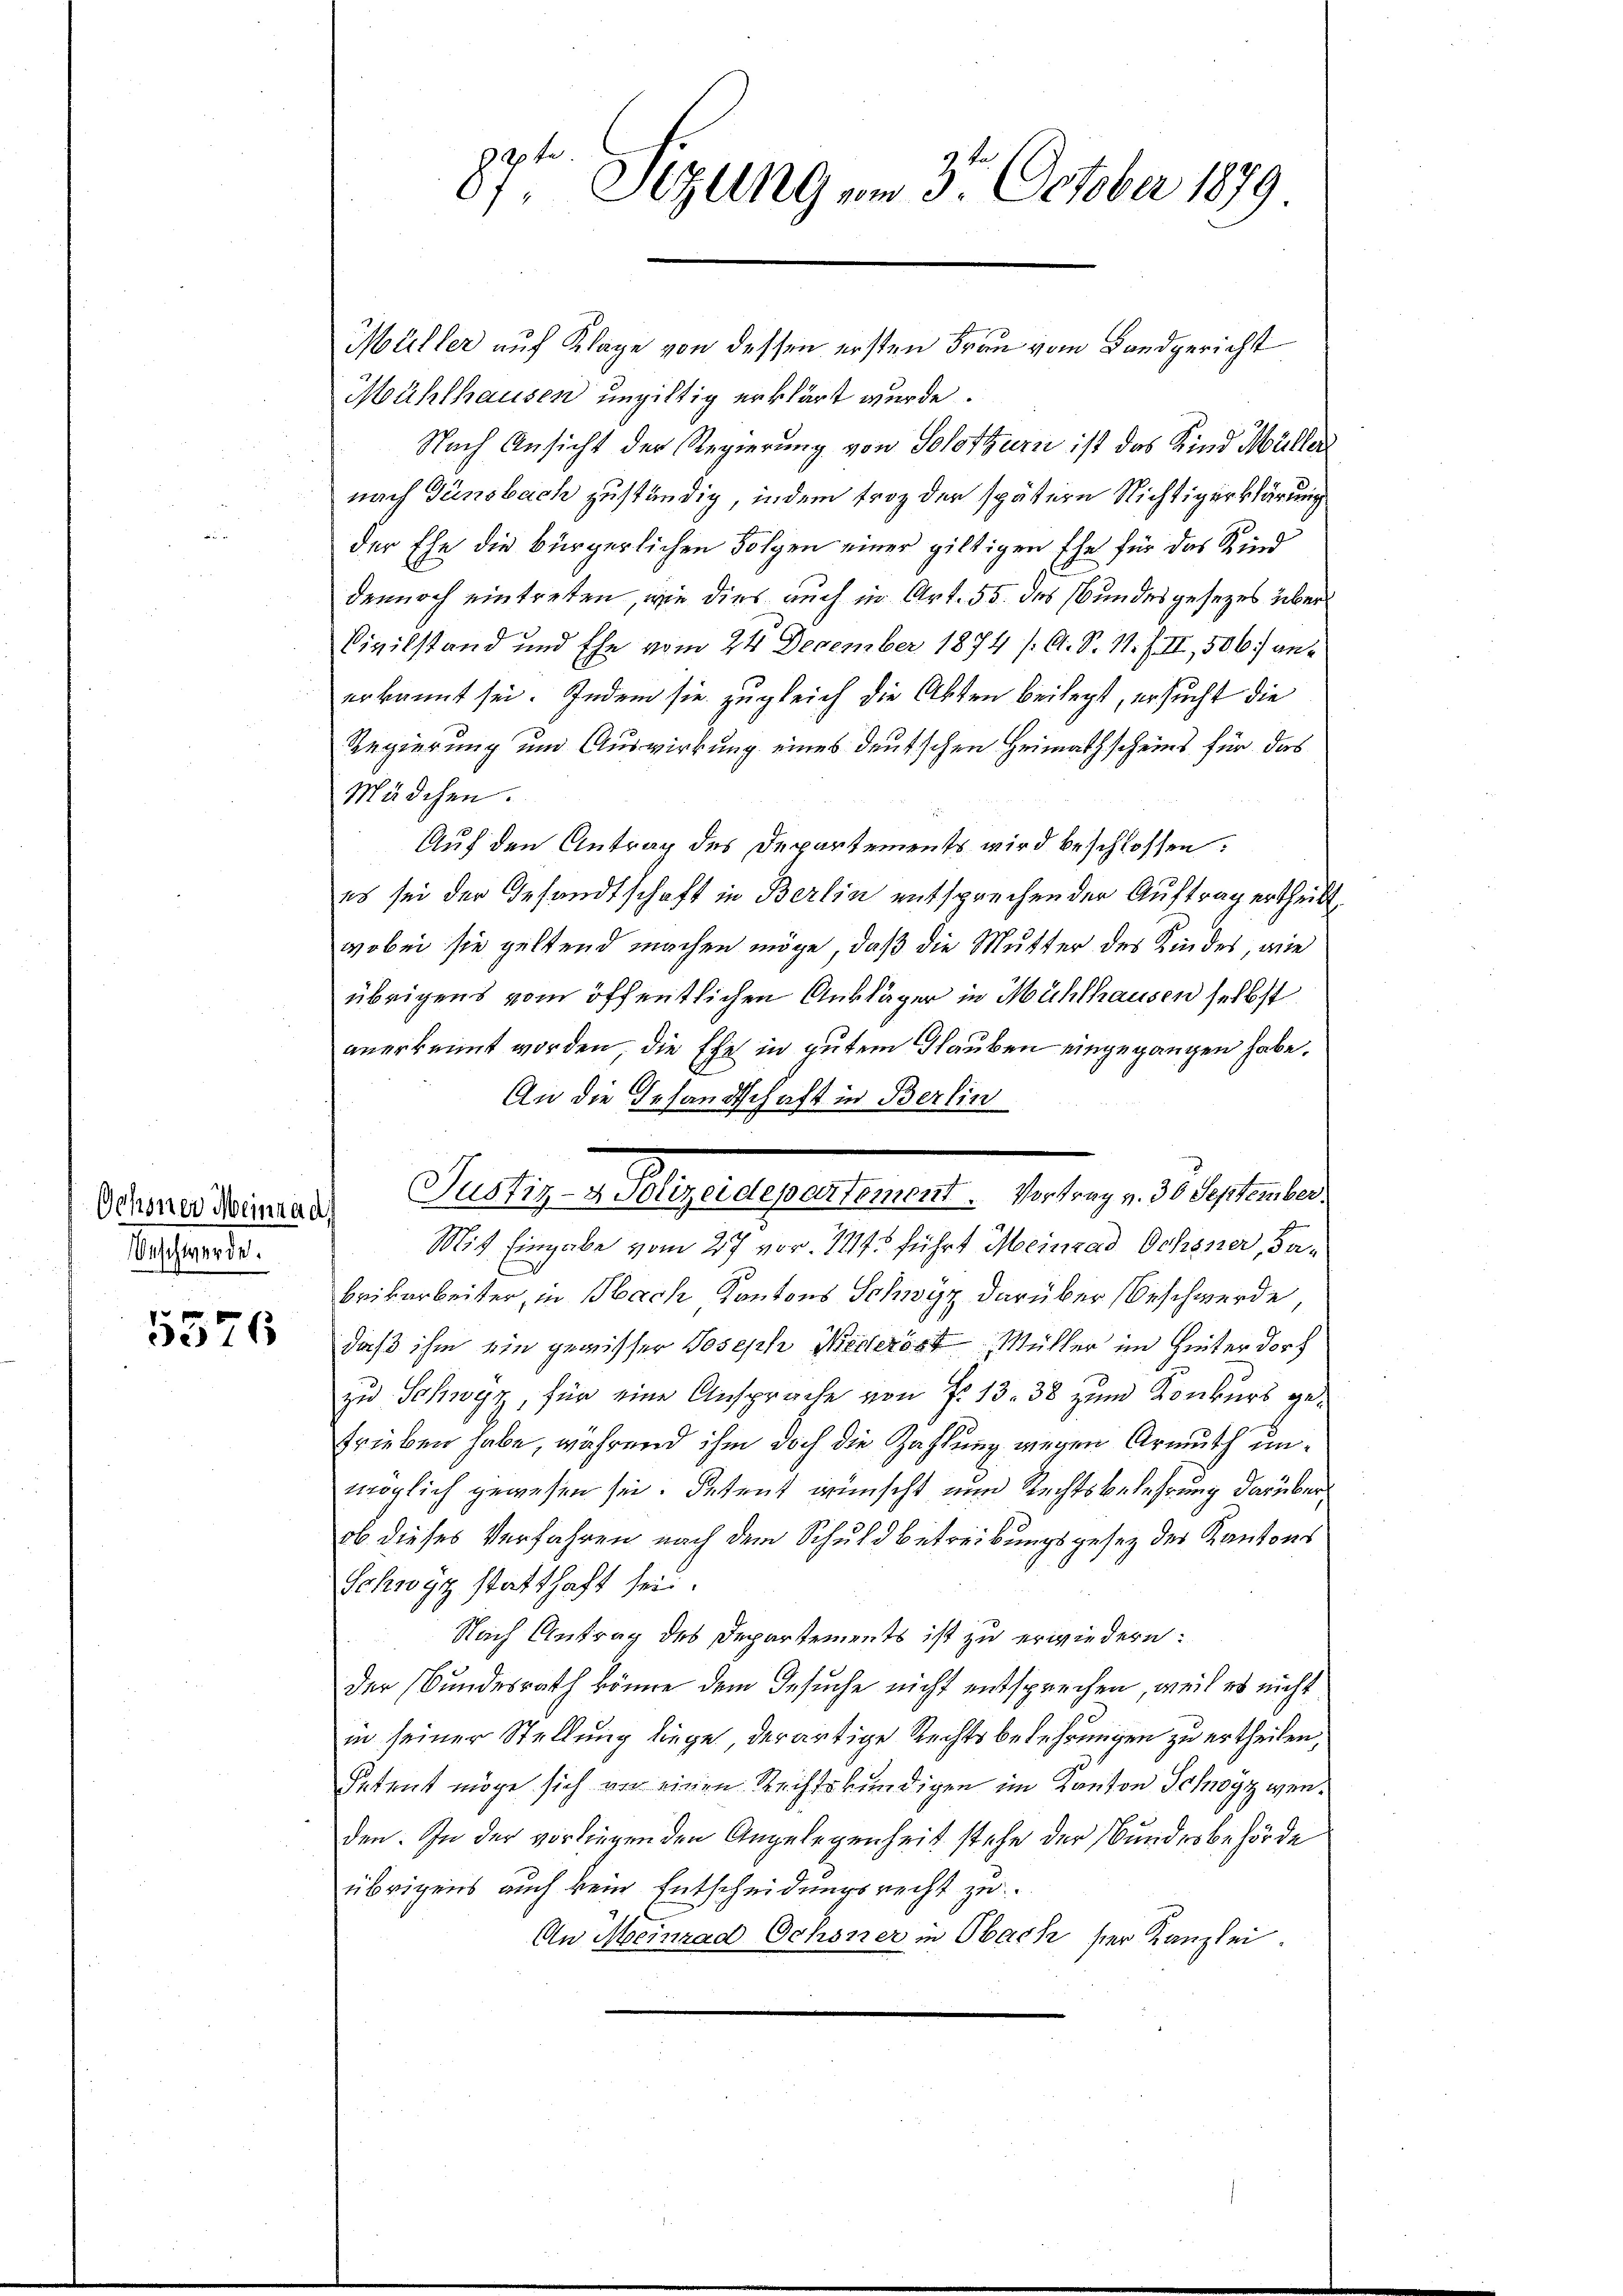
Beschwerde.

5576

87ten Sitzung vom 3. October 1879

Müller auf Klage von dessen ersten Frau vom Landgericht
Mühlhausen ungültig erklärt wurde.
Nach Ansicht der Regierung von Solothurn ist das Kind Müller
nach Gänsbach zuständig, indem froh der spätern Nichtigerklärung
der Ehe die bürgerlichen Folgen einer giltigen Ehe für das Kind
dennoch eintreten, wie dies auch in Art. 55 des Bundesgesezes über
e
Civilstand und Ehe vom 24. December 1874 f. A. S. 11. f. II, 506. anerkannt sei. Indem sie zugleich die Akten beilegt, ersucht die
Regierung und Auswirkung eines deutschen Heimathscheins für das
Mädchen.
Auf den Antrag des Departements wird beschlossen:
es sei der Gesandtschaft in Berlin entsprechen der Auftrag ertheilt.
wobei sie geltend machen möge, daß die Mutter des Kindes, wie
übrigens vom öffentlichen Ankläger in Mühlhausen selbst
anerkennt worden, die Ehe in gutem Glauben eingegangen habe.
An die Gesandtschaft in Berlin
Mit Eingabe vom 27 vor. 1145 führt Meinrad Ochsner, da¬
Beikarbeiter, in Nach Kantons Schwyz darüber Beschwerde
daß ihm ein gewisser Joseph Werteröst Müller im Hinter dort
zu Schwyz, für eine Ansprache von No 13. 38 zum Konkurs getrieben habe, während ihm doch die Zahlung wegen Armuth unmöglich gewesen sei. Petent wünscht nun Rechtsbelehrung darüber
ob dieses Verfahren nach dem Schuld betreibungsgesetz der Kantons
Schwyz statthaft sei.
Nach Antrag des Departements ist zu erwiedern:
der Bundesrath könne dem Gesuche nicht entsprechen, weil es nicht
in seiner Stellung liege, der artige Rechtsbelehrungen zu ertheilen,
Setent möge sich von einen Rechtskundigen im Kanton Schwyz wenden. In der vorliegenden Angelegenheit stehe der Bundesbehörde
übrigens auch kein Entscheidungsrecht zu
An Meinrad Ochsner in Obach der Kanzlei.

Streitiger Justiz- u. Augendepartement. Vertrag v. o. September